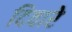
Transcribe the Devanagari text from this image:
दिवारे